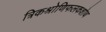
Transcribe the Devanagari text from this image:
त्रिकश्रोणिफलकशोथ